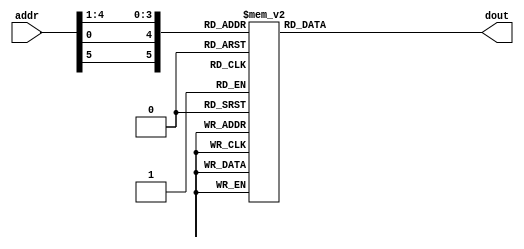
`timescale 1ns / 1ps
//////////////////////////////////////////////////////////////////////////////////
// Company: 
// Engineer: 
// 
// Design Name: 
// Module Name:    sbox7 
// Project Name: 
// Target Devices: 
// Tool versions: 
// Description: 
//
// Dependencies: 
//
// Revision: 
// Revision 0.01 - File Created
// Additional Comments: 
//
//////////////////////////////////////////////////////////////////////////////////
module ARS_sbox7(addr, dout);
input	[6:1] addr;
output	[4:1] dout;
reg	[4:1] dout;

always @(addr) begin
    case ({addr[6],addr[1], addr[5:2]})	
 
         0:  dout =  4;
         1:  dout = 11;
         2:  dout =  2;
         3:  dout = 14;
         4:  dout = 15;
         5:  dout =  0;
         6:  dout =  8;
         7:  dout = 13;
         8:  dout =  3;
         9:  dout = 12;
        10:  dout =  9;
        11:  dout =  7;
        12:  dout =  5;
        13:  dout = 10;
        14:  dout =  6;
        15:  dout =  1;
        16:  dout = 13;
        17:  dout =  0;
        18:  dout = 11;
        19:  dout =  7;
        20:  dout =  4;
        21:  dout =  9;
        22:  dout =  1;
        23:  dout = 10;
        24:  dout = 14;
        25:  dout =  3;
        26:  dout =  5;
        27:  dout = 12;
        28:  dout =  2;
        29:  dout = 15;
        30:  dout =  8;
        31:  dout =  6;
        32:  dout =  1;
        33:  dout =  4;
        34:  dout = 11;
        35:  dout = 13;
        36:  dout = 12;
        37:  dout =  3;
        38:  dout =  7;
        39:  dout = 14;
        40:  dout = 10;
        41:  dout = 15;
        42:  dout =  6;
        43:  dout =  8;
        44:  dout =  0;
        45:  dout =  5;
        46:  dout =  9;
        47:  dout =  2;
        48:  dout =  6;
        49:  dout = 11;
        50:  dout = 13;
        51:  dout =  8;
        52:  dout =  1;
        53:  dout =  4;
        54:  dout = 10;
        55:  dout =  7;
        56:  dout =  9;
        57:  dout =  5;
        58:  dout =  0;
        59:  dout = 15;
        60:  dout = 14;
        61:  dout =  2;
        62:  dout =  3;
        63:  dout = 12;
 

    endcase
    end


endmodule